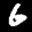
Label: 6